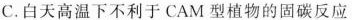
C.白天高温下不利于CAM型植物的固碳反应